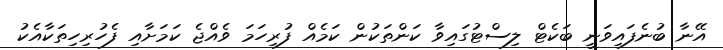
އޭނާ ބުނެފައިވަނީ ބަކެޓް ލިސްޓުގައިވާ ކަންތަކުން ކަމެއް ފުރިހަމަ ވެއްޖެ ކަމަށާއި ފެހުރިހިތަކާއެކު